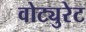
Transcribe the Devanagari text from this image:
वोट्युरेट